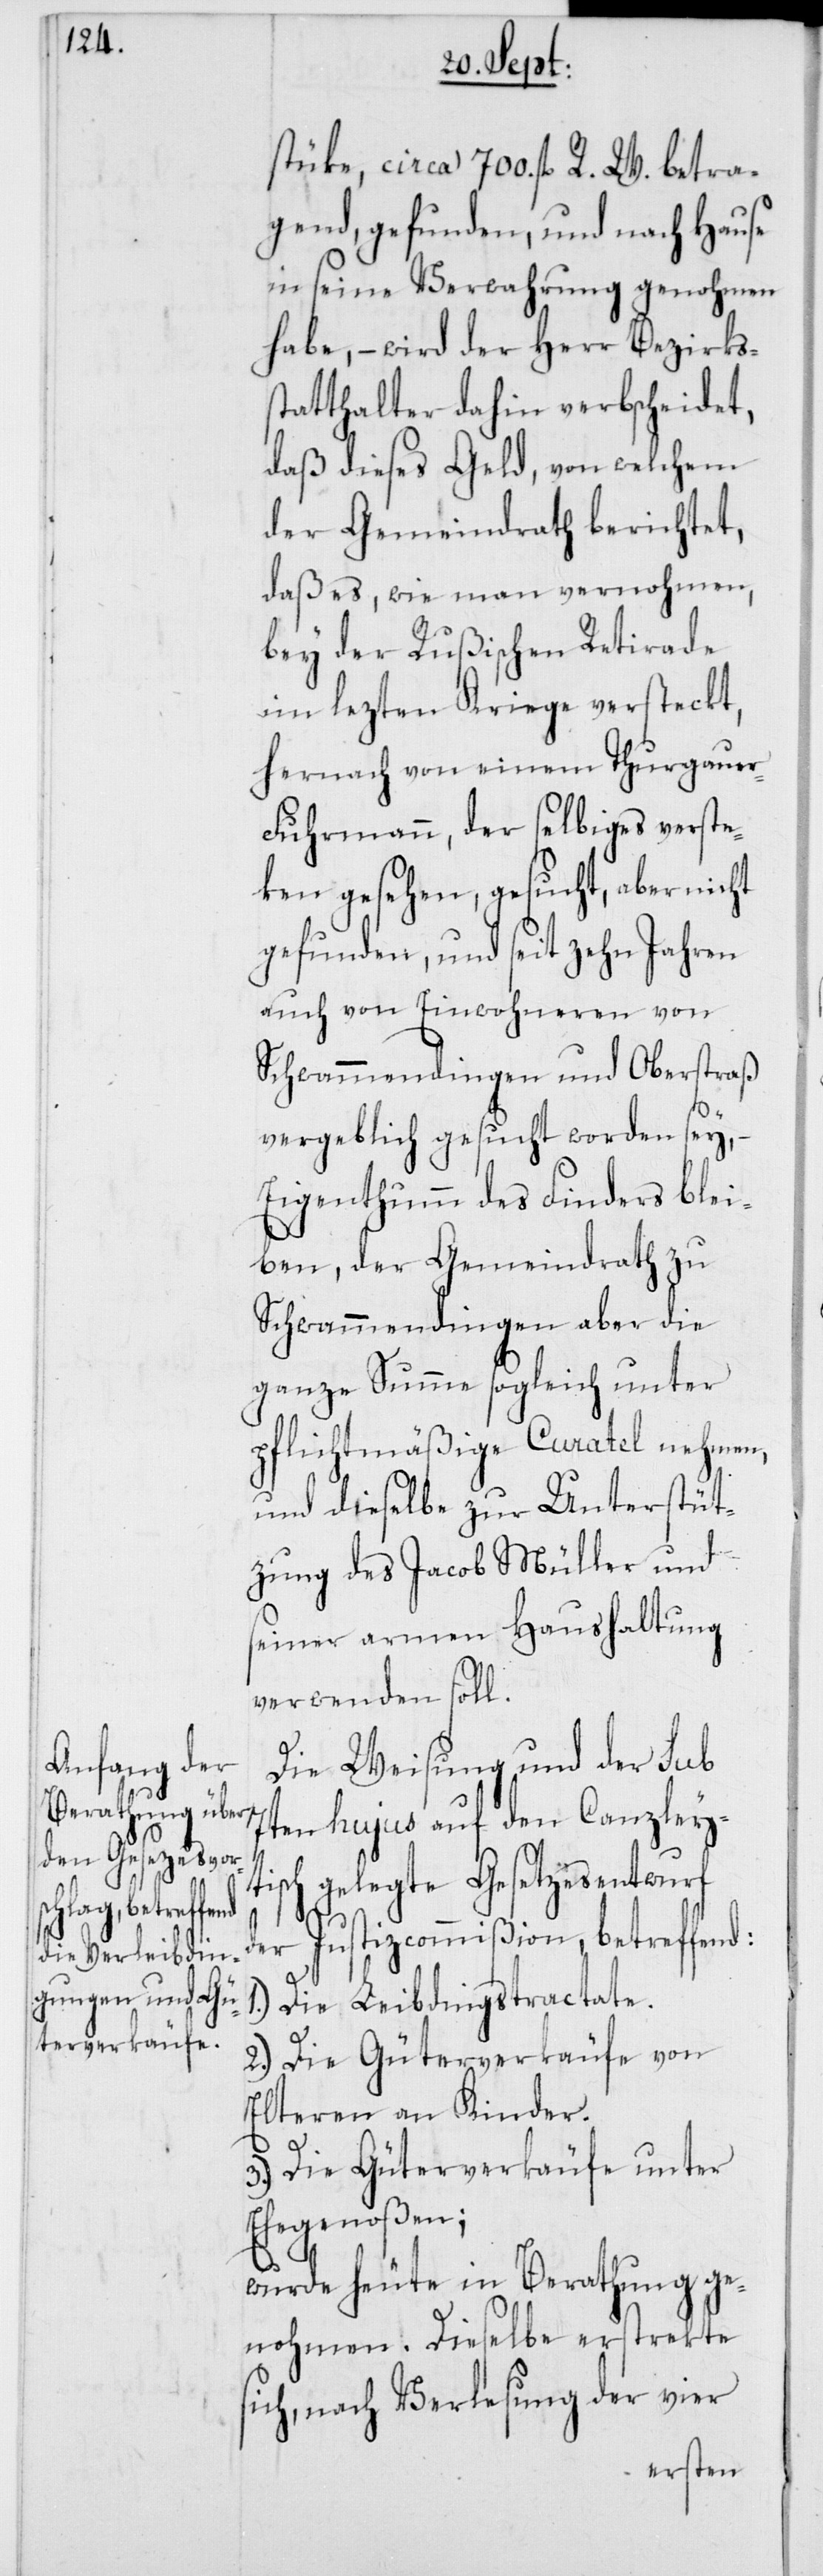
stücke, circa 700. fl. R. W. betra¬
gend, gefunden, und nach Hause
in seine Verwahrung genohmen
habe, – wird der Herr Bezirks¬
statthalter dahin verbscheidet,
daß dieses Geld, von welchem
der Gemeindrath berichtet,
daß es, wie man vernohmen,
bey der Rußischen Retirade
im lezten Kriege versteckt,
hernach von einem Thurgauer-F¬
uhrmann, der selbiges verste¬
ken gesehen, gesucht, aber nicht
gefunden, und seit zehn Jahren
auch von Einwohneren von
Schwammendingen und Oberstraß
vergeblich gesucht worden sey,
Eigenthumm des Finders blei¬
ben, der Gemeindrath zu
Schwammendingen aber die
ganze Summe sogleich unter
pflichtmäßige Curatel nehmen,
und dieselbe zur Unterstüt¬
zung des Jacob Müller und
seiner armen Haushaltung
verwenden soll.
Die Weisung und der sub
7ten hujus auf den Canzleyt¬
isch gelegte Gesetzesentwurf
der Justizcommißion, betreffend:
1. Die Leibdingstractate.
2. Die Güterverkäufe von
Elteren an Kinder.
s¬
3. Die Güterverkäufe unter
Ehegenoßen;
wurde heute in Berathung ge¬
nohmen. Dieselbe erstrekte
ich, nach Verlesung der vier